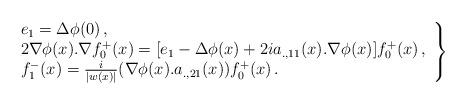
LaTeX: \begin{align*}\left .\begin{array}{l}e_1=\Delta \phi (0)\, ,\\ 2\nabla \phi (x).\nabla f_0^+(x) =[e_1 - \Delta \phi (x) + 2 ia_{.,11}(x).\nabla \phi (x)]f_0^+(x)\, ,\\f_1^-(x)= \frac{i}{|w(x)|} (\nabla \phi (x).a_{., 21} (x)) f_0^+(x)\, .\end{array} \right \}\end{align*}